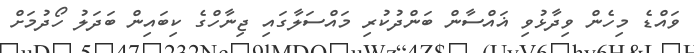
ވައްޑެ މިހެން ވިދާޅުވި ޣައްސާން ބަންދުކުރި މައްސަލާގައި ޖިނާހްގެ ކިބައިން ބަދަލު ހޯދުމަށް